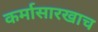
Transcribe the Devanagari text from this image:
कर्मासारखाच